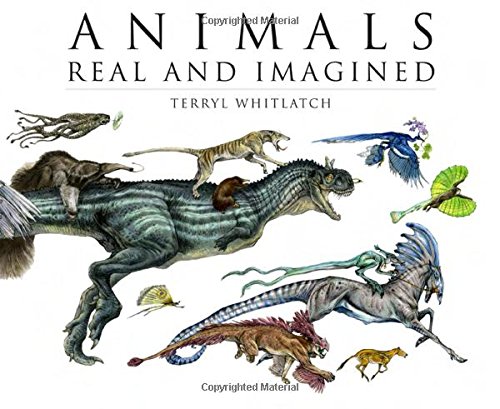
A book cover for Animals Real and Imagined: Fantasy of What Is and What Might Be; Arts & Photography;